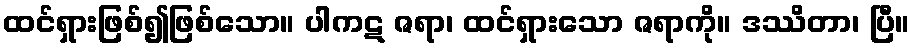
ထင်ရှားဖြစ်၍ဖြစ်သော။ ပါကဋ ဇရာ၊ ထင်ရှားသော ဇရာကို။ ဒဿိတာ၊ ပြီ။